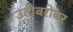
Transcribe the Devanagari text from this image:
उतीबरोबर